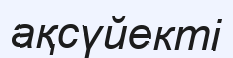
ақсүйекті